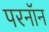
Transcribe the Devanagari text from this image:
परनॉन